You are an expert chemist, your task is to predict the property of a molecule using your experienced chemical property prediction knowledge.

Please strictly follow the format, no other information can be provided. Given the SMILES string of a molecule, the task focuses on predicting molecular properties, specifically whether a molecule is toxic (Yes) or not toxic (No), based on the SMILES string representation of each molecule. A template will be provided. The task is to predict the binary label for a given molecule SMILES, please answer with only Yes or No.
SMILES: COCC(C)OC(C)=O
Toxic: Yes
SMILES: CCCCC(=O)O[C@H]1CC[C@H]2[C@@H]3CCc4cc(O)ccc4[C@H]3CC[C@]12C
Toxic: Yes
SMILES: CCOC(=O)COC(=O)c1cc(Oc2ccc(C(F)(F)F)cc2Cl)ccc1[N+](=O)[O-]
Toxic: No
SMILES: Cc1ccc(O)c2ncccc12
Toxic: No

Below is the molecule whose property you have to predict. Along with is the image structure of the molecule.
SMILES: COCCOc1cccc(S(=O)(=O)[N-]c2ncccn2)c1
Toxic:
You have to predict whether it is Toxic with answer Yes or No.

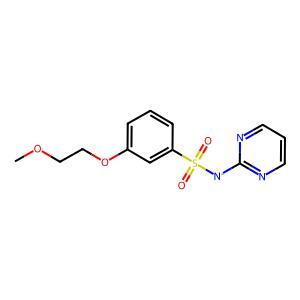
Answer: No